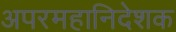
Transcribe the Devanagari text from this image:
अपरमहानिदेशक